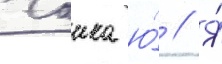
Чаика ю́ // Я́